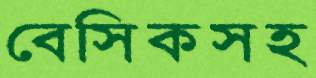
বেসিকসহ